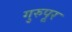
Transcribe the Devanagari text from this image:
गुरुपूर